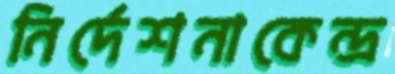
নির্দেশনাকেন্দ্র